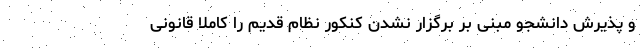
و پذیرش دانشجو مبنی بر برگزار نشدن کنکور نظام قدیم را کاملا قانونی